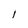
Character: 1